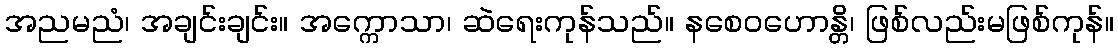
အညမညံ၊ အချင်းချင်း။ အက္ကောသာ၊ ဆဲရေးကုန်သည်။ နစေဝဟောန္တိ၊ ဖြစ်လည်းမဖြစ်ကုန်။